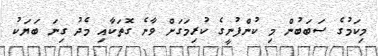
މިކަމުގެ ސަބަބުން މި ކުންފުނީގެ ކުރިމަގަށް ވާނެ ގޮތަކާއި މެދު ގިނަ ބަޔަކު